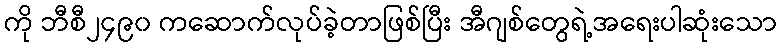
ကို ဘီစီ၂၄၉၀ ကဆောက်လုပ်ခဲ့တာဖြစ်ပြီး အီဂျစ်တွေရဲ့အရေးပါဆုံးသော